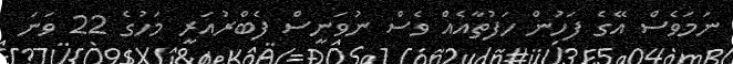
ނަމަވެސް އޭގެ ފަހުން ހަފުތާއެއް ވެސް ނުވަނީސް ފެބްރުއަރީ މަހުގެ 22 ވަނަ